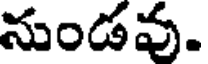
నుండవు.